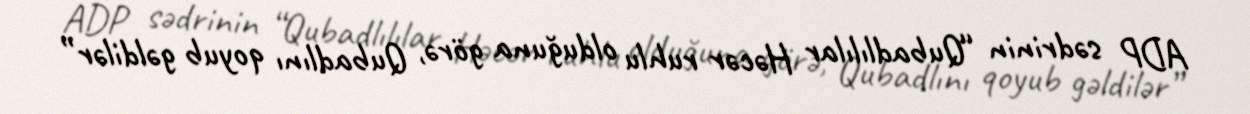
ADP sədrinin “Qubadlılılar Həcər ruhlu olduğuna görə, Qubadlını qoyub gəldilər”